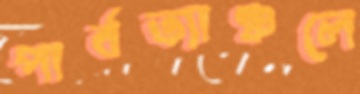
পার্বত্যাঞ্চলে